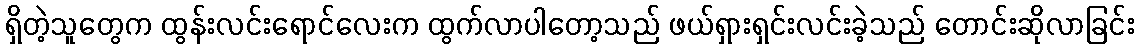
ရှိတဲ့သူတွေက ထွန်းလင်းရောင်လေးက ထွက်လာပါတော့သည် ဖယ်ရှားရှင်းလင်းခဲ့သည် တောင်းဆိုလာခြင်း